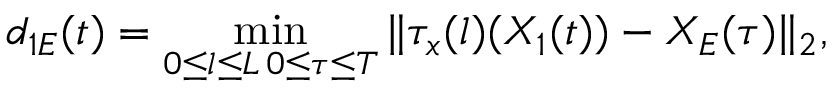
d _ { 1 E } ( t ) = \operatorname* { m i n } _ { \substack { 0 \leq l \leq L \, 0 \leq \tau \leq T } } \| \tau _ { x } ( l ) ( X _ { 1 } ( t ) ) - X _ { E } ( \tau ) \| _ { 2 } ,